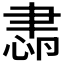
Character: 𦘛